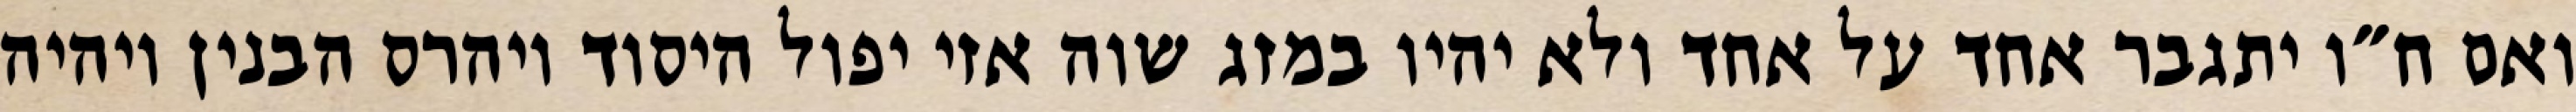
ואם ח״ו יתגבר אחד על אחד ולא יהיו במזג שוה אזי יפול היסוד ויהרס הבנין ויהיה